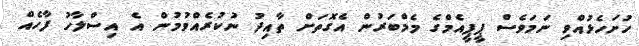
ހުށަހެޅުއްވި ނަމަވެސް ޕީޕީއެމްގެ މެމްބަރުން އެގޮތަށް ތާއިދު ނުކުރެއްވުމުން އެ އިސްލާހު ފާހެއް